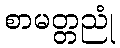
စာမတ္တညုံ